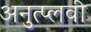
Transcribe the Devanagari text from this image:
अनुत्प्लवी